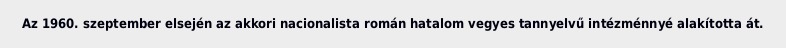
Az 1960. szeptember elsején az akkori nacionalista román hatalom vegyes tannyelvű intézménnyé alakította át.